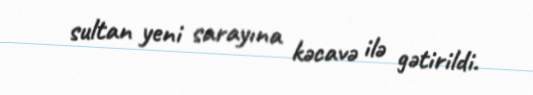
sultan yeni sarayına kəcavə ilə gətirildi.